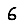
Digit: 6